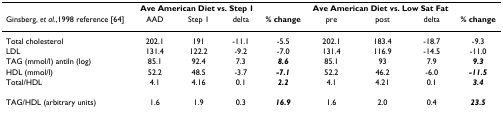
<table><thead><tr><td></td><td colspan="3"><b>Ave American Diet vs. Step 1</b></td><td></td><td colspan="3"><b>Ave American Diet vs. Low Sat Fat</b></td><td></td></tr><tr><td><b>Ginsberg, <i>et al</i>.,1998 reference [64]</b></td><td><b>AAD</b></td><td><b>Step 1</b></td><td><b>delta</b></td><td><b>% change</b></td><td><b>pre</b></td><td><b>post</b></td><td><b>delta</b></td><td><b>% change</b></td></tr></thead><tbody><tr><td>Total cholesterol</td><td>202.1</td><td>191</td><td>-11.1</td><td>-5.5</td><td>202.1</td><td>183.4</td><td>-18.7</td><td>-9.3</td></tr><tr><td>LDL</td><td>131.4</td><td>122.2</td><td>-9.2</td><td>-7.0</td><td>131.4</td><td>116.9</td><td>-14.5</td><td>-11.0</td></tr><tr><td>TAG (mmol/l) antiln (log)</td><td>85.1</td><td>92.4</td><td>7.3</td><td><b><i>8.6</i></b></td><td>85.1</td><td>93</td><td>7.9</td><td><b><i>9.3</i></b></td></tr><tr><td>HDL (mmol/l)</td><td>52.2</td><td>48.5</td><td>-3.7</td><td><b><i>-7.1</i></b></td><td>52.2</td><td>46.2</td><td>-6.0</td><td><b><i>-11.5</i></b></td></tr><tr><td>Total/HDL</td><td>4.1</td><td>4.16</td><td>0.1</td><td><b><i>2.2</i></b></td><td>4.1</td><td>4.21</td><td>0.1</td><td><b><i>3.4</i></b></td></tr><tr><td>TAG/HDL (arbitrary units)</td><td>1.6</td><td>1.9</td><td>0.3</td><td><b><i>16.9</i></b></td><td>1.6</td><td>2.0</td><td>0.4</td><td><b><i>23.5</i></b></td></tr></tbody></table>